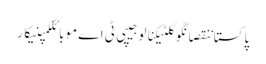
پاکستاننقصانگوگلٹیکنالوجیپی ٹی اےموبائلکمپنیکار